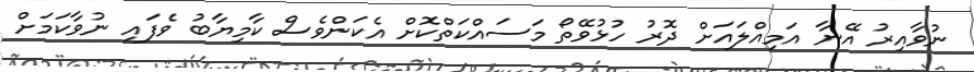
ނުވާއިރު އޭނާ އަމިއްލައަށް ދޮރު ހުޅުވޭތޯ މަސައްކަތްކޮށް އެކަންވެސް ކާމިޔާބު ވެފައި ނުވާކަމަށް